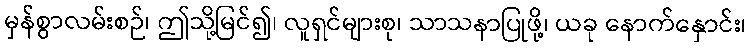
မှန်စွာလမ်းစဉ်၊ ဤသို့မြင်၍၊ လူရှင်များစု၊ သာသနာပြုဖို့၊ ယခု နောက်နှောင်း၊